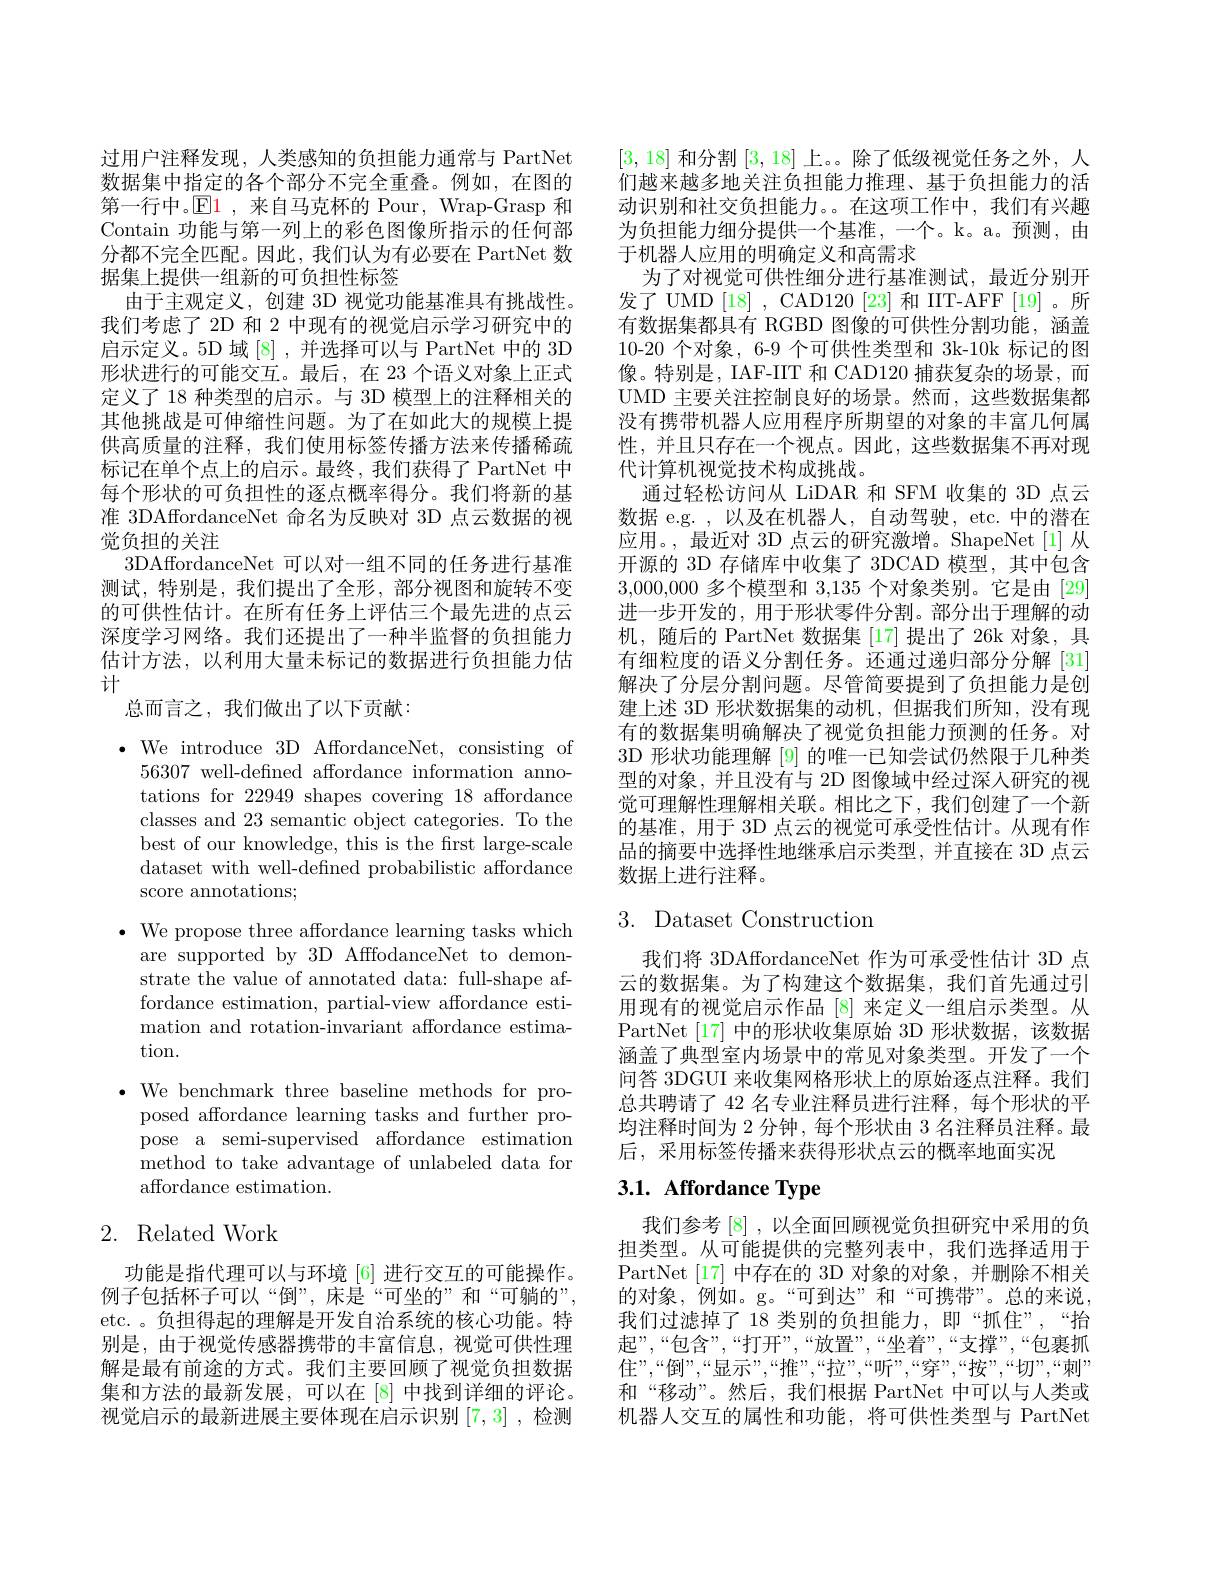
过用户注释发现，人类感知的负担能力通常与 PartNet 数据集中指定的各个部分不完全重叠。例如，在图的第一行中。$\mathbb{E}\color{red}1$,来自马克杯的 Pour, Wrap-Grasp 和Contain 功能与第一列上的彩色图像所指示的任何部分都不完全匹配。因此，我们认为有必要在 PartNet 数据集上提供一组新的可负担性标签
由于主观定义，创建 3D 视觉功能基准具有挑战性。我们考虑了 2D 和 2 中现有的视觉启示学习研究中的启示定义。5D 域[8] ,并选择可以与 PartNet 中的 3D 形状进行的可能交互。最后，在 23 个语义对象上正式定义了 18 种类型的启示。与 3D 模型上的注释相关的其他挑战是可伸缩性问题。为了在如此大的规模上提供高质量的注释，我们使用标签传播方法来传播稀疏标记在单个点上的启示。最终，我们获得了 PartNet 中每个形状的可负担性的逐点概率得分。我们将新的基准 3DAffordanceNet 命名为反映对 3D 点云数据的视觉负担的关注
3DAffordanceNet 可以对一组不同的任务进行基准测试，特别是，我们提出了全形，部分视图和旋转不变的可供性估计。在所有任务上评估三个最先进的点云深度学习网络。我们还提出了一种半监督的负担能力估计方法，以利用大量未标记的数据进行负担能力估计
总而言之，我们做出了以下贡献：

$\bullet$ We introduce 3D AffordanceNet, consisting of
56307 well-defined affordance information annotations for 22949 shapes covering 18 affordance classes and 23 semantic object categories. To the best of our knowledge, this is the frst large-scale dataset with well-defined probabilistic affordance score annotations;

$\bullet$ We propose three affordance learning tasks which
are supported by 3D AfffodanceNet to demonstrate the value of annotated data: full-shape affordance estimation, partial-view affordance estimation and rotation-invariant affordance estimation.
$\bullet$ We benchmark three baseline methods for pro-
posed affordance learning tasks and further propose a semi-supervised affordance estimation method to take advantage of unlabeled data for affordance estimation.

# 2. Related Work

功能是指代理可以与环境[6]进行交互的可能操作。例子包括杯子可以“倒”,床是“可坐的”和“可躺的”, etc. 。负担得起的理解是开发自治系统的核心功能。特别是，由于视觉传感器携带的丰富信息，视觉可供性理解是最有前途的方式。我们主要回顾了视觉负担数据集和方法的最新发展，可以在[8]中找到详细的评论。视觉启示的最新进展主要体现在启示识别[7,3],检测

[3,18]和分割[3,18]上。。除了低级视觉任务之外，人们越来越多地关注负担能力推理、基于负担能力的活动识别和社交负担能力。。在这项工作中，我们有兴趣为负担能力细分提供一个基准，一个。k。a。预测，由于机器人应用的明确定义和高需求
为了对视觉可供性细分进行基准测试，最近分别开发了 UMD [18] , CAD120 [23] 和 IIT-AFF [19] 。所有数据集都具有 RGBD 图像的可供性分割功能，涵盖10-20 个对象，6-9 个可供性类型和 3k-10k 标记的图像。特别是，IAF-IIT 和 CAD120 捕获复杂的场景，而UMD 主要关注控制良好的场景。然而，这些数据集都没有携带机器人应用程序所期望的对象的丰富几何属性，并且只存在一个视点。因此，这些数据集不再对现代计算机视觉技术构成挑战。
通过轻松访问从 LiDAR 和 SFM 收集的 3D 点云数据 e.g. , 以及在机器人，自动驾驶，etc. 中的潜在应用。,最近对 3D 点云的研究激增。ShapeNet[1]从开源的 3D 存储库中收集了 3DCAD 模型，其中包含3,000,000多个模型和3，135个对象类别。它是由[29] 进一步开发的，用于形状零件分割。部分出于理解的动机，随后的 PartNet 数据集 [17]提出了 26k 对象，具有细粒度的语义分割任务。还通过递归部分分解[31] 解决了分层分割问题。尽管简要提到了负担能力是创建上述 3D 形状数据集的动机，但据我们所知，没有现有的数据集明确解决了视觉负担能力预测的任务。对3D 形状功能理解 [9] 的唯一已知尝试仍然限于几种类型的对象，并且没有与 2D 图像域中经过深人研究的视觉可理解性理解相关联。相比之下，我们创建了一个新的基准，用于 3D 点云的视觉可承受性估计。从现有作品的摘要中选择性地继承启示类型，并直接在 3D 点云数据上进行注释。

# 3. Dataset Construction

我们将 3DAffordanceNet 作为可承受性估计 3D 点云的数据集。为了构建这个数据集，我们首先通过引用现有的视觉启示作品[8]来定义一组启示类型。从PartNet [17] 中的形状收集原始 3D 形状数据，该数据涵盖了典型室内场景中的常见对象类型。开发了一个问答 3DGUI 来收集网格形状上的原始逐点注释。我们总共聘请了 42 名专业注释员进行注释，每个形状的平均注释时间为 2 分钟，每个形状由 3 名注释员注释。最后，采用标签传播来获得形状点云的概率地面实况

# 3.1. Affordance Type

我们参考[8] ,以全面回顾视觉负担研究中采用的负担类型。从可能提供的完整列表中，我们选择适用于PartNet [17] 中存在的 3D 对象的对象，并删除不相关的对象，例如。g。“可到达”和“可携带”。总的来说， 我们过滤掉了 18 类别的负担能力，即“抓住”,“抬起”,“包含”,“打开”,“放置”,“坐着”,“支撑”,“包裹抓住”,“倒”,“显示”,“推”,“拉”,“听”,“穿”,“按”,“切”,“刺” 和“移动”。然后，我们根据 PartNet 中可以与人类或机器人交互的属性和功能，将可供性类型与 PartNet